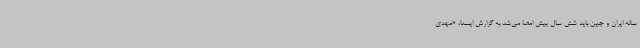
ساله ایران و چین باید شش سال پیش امضا می‌شد به گزارش ایسنا، «مهدی